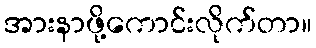
အားနာဖို့ကောင်းလိုက်တာ။